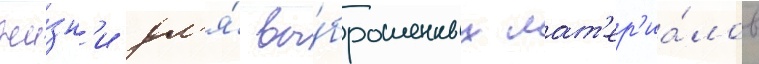
жи́зн'и дл'я́ вы́брошенных мат'ер'иа́лов